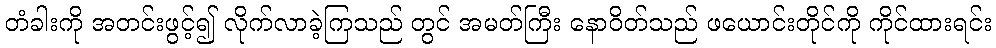
တံခါးကို အတင်းဖွင့်၍ လိုက်လာခဲ့ကြသည် တွင် အမတ်ကြီး နောဝိတ်သည် ဖယောင်းတိုင်ကို ကိုင်ထားရင်း